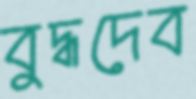
বুদ্ধদেব